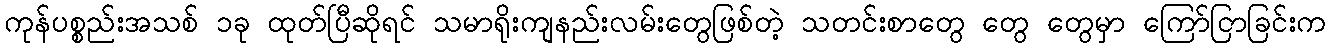
ကုန်ပစ္စည်းအသစ် ၁ခု ထုတ်ပြီဆိုရင် သမာရိုးကျနည်းလမ်းတွေဖြစ်တဲ့ သတင်းစာတွေ တွေ တွေမှာ ကြော်ငြာခြင်းက